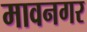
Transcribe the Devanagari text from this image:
मावनगर